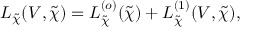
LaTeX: \begin{array} { l } { { \displaystyle { \cal L } _ { \tilde { \chi } } ( V , \tilde { \chi } ) = { \cal L } _ { \tilde { \chi } } ^ { ( o ) } ( { \tilde { \chi } } ) + { \cal L } _ { \tilde { \chi } } ^ { ( 1 ) } ( V , { \tilde { \chi } } ) , } } \end{array}